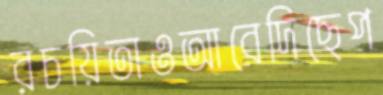
রচয়িতাওআবেদিছেপ